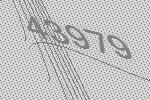
43979